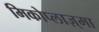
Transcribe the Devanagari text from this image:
मिकोप्लाज़्मा